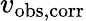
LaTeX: v_{\mathrm{obs,corr}}